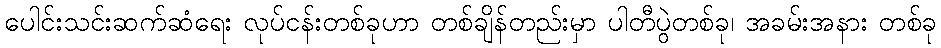
ပေါင်းသင်းဆက်ဆံရေး လုပ်ငန်းတစ်ခုဟာ တစ်ချိန်တည်းမှာ ပါတီပွဲတစ်ခု၊ အခမ်းအနား တစ်ခု